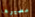
مصيرها